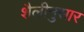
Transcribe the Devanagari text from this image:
शैलीनुसार